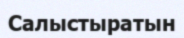
Салыстыратын